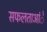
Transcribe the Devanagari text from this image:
सफलताआंे